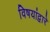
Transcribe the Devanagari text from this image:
विषयांद्वारे